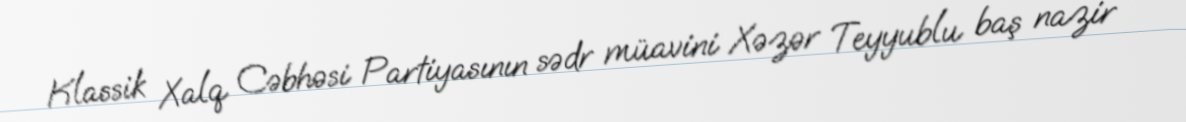
Klassik Xalq Cəbhəsi Partiyasının sədr müavini Xəzər Teyyublu baş nazir